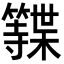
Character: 𮆩